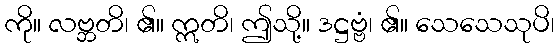
ကို။ လဗ္ဘတိ၊ ၏။ ဣတိ၊ ဤသို့။ ဒဋ္ဌဗ္ဗံ၊ ၏။ သေသေသုပိ၊